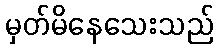
မှတ်မိနေသေးသည်